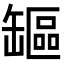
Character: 𦉒